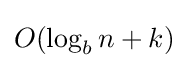
O(\log _{b}n+k)